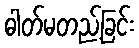
ဓါတ်မတည့်ခြင်း